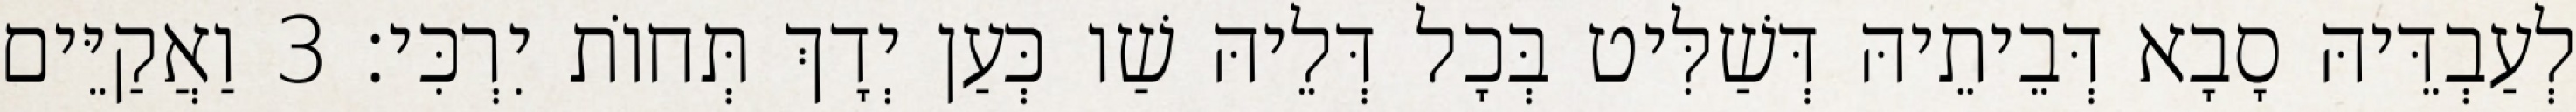
לְעַבְדֵּיהּ סָבָא דְּבֵיתֵיהּ דְּשַׁלִּיט בְּכָל דְּלֵיהּ שַׁו כְּעַן יְדָךְ תְּחוֹת יִרְכִּי׃ 3 וַאֲקַיֵּים